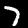
Label: 7